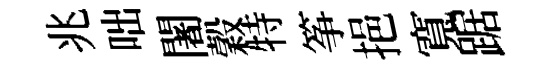
兆咄闍穀特筝挹寬踞